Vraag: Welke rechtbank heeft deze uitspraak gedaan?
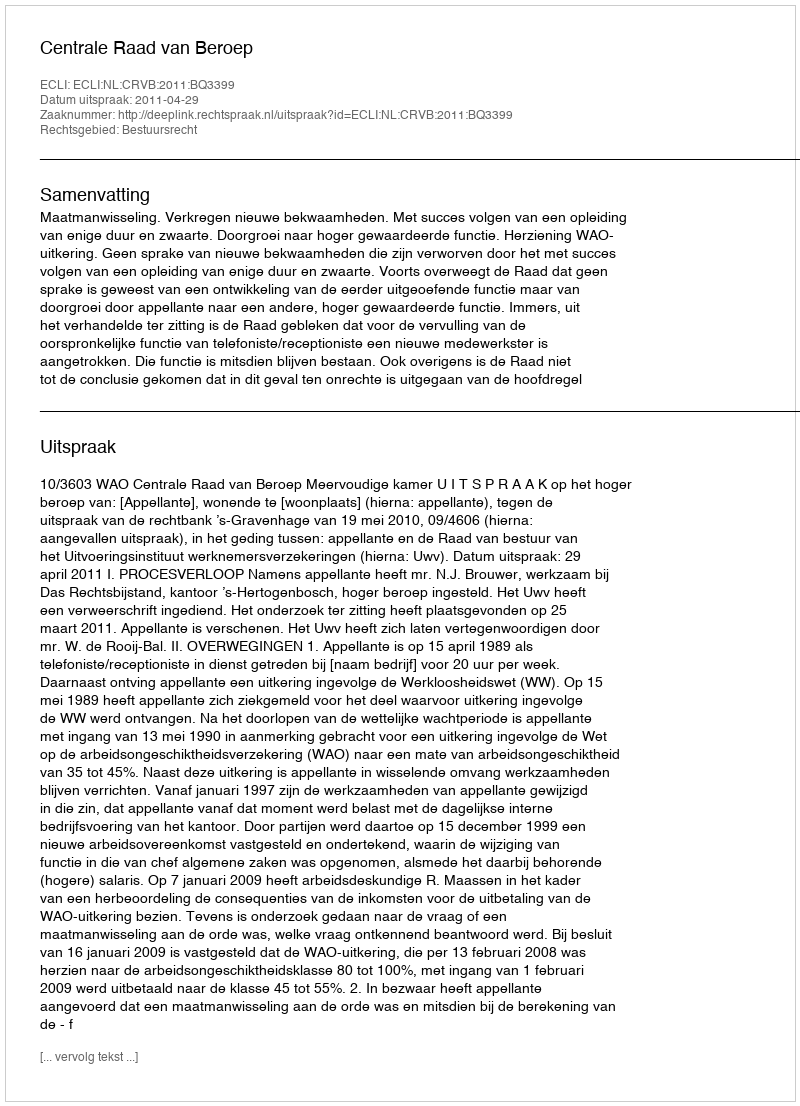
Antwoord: Centrale Raad van Beroep